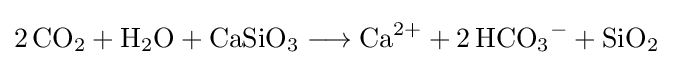
{2\,\mathrm {CO} {\vphantom {A}}_{\smash[{t}]{2}}{}+{}\mathrm {H} {\vphantom {A}}_{\smash[{t}]{2}}\mathrm {O} {}+{}\mathrm {CaSiO} {\vphantom {A}}_{\smash[{t}]{3}}{}\mathrel {\longrightarrow } {}\mathrm {Ca} {\vphantom {A}}^{2+}{}+{}2\,\mathrm {HCO} {\vphantom {A}}_{\smash[{t}]{3}}{\vphantom {A}}^{-}{}+{}\mathrm {SiO} {\vphantom {A}}_{\smash[{t}]{2}}}